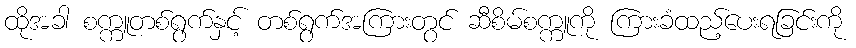
ထိုအခါ စက္ကူတစ်ရွက်နှင့် တစ်ရွက်အကြားတွင် ဆီစိမ်စက္ကူကို ကြားခံထည့်ပေးရခြင်းကို